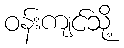
ဝန်းကျင်သို့